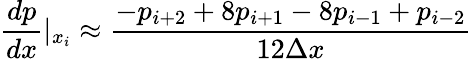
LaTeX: \frac{dp}{dx}\rvert_{x_{i}}\approx\frac{-p_{i+2}+8p_{i+1}-8p_{i-1}+p_{i-2}}{12\Delta x}